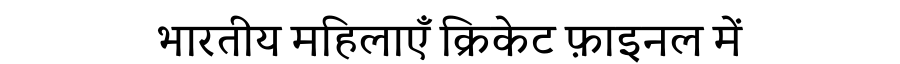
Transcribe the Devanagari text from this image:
भारतीय महिलाएँ क्रिकेट फ़ाइनल में